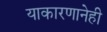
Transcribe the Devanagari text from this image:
याकारणानेही